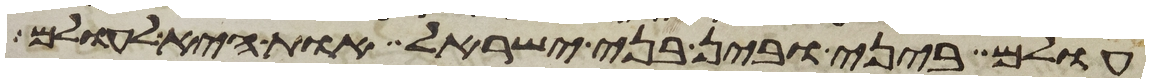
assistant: עולם ביני ובין בני ישראל אות היא לעולם